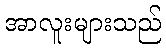
အာလူးများသည်